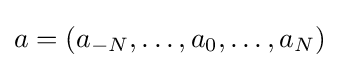
a=(a_{-N},\dots ,a_{0},\dots ,a_{N})